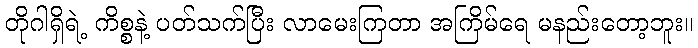
တိုဂါရှိရဲ့ ကိစ္စနဲ့ ပတ်သက်ပြီး လာမေးကြတာ အကြိမ်ရေ မနည်းတော့ဘူး။